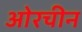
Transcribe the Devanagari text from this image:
ओरचीन